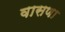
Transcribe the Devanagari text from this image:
वासणा